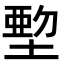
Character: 𡏍